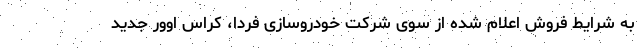
به شرایط فروش اعلام شده از سوی شرکت خودروسازی فردا، کراس اوور جدید